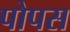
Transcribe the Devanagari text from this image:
पोपस